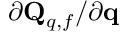
{ \partial \mathbf { Q } _ { q , f } } / { \partial \mathbf { q } }